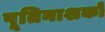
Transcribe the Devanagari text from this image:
पूतिनाशकों